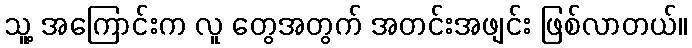
သူ့ အကြောင်းက လူ တွေအတွက် အတင်းအဖျင်း ဖြစ်လာတယ်။